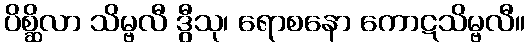
ပိစ္ဆိလာ သိမ္ဗလီ ဒွီသု၊ ရောစနော ကောဋသိမ္ဗလီ။